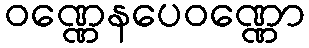
ဝဏ္ဏေနပေဝဏ္ဏော